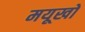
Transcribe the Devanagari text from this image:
मयूखों